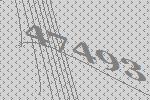
47493